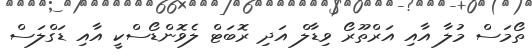
ތޯމަސް މުލާ އާއި އަރްތޫރޯ ވިޑާލް އަދި ރޮބަޓް ލެވޮންޑޯސްކީ އާއި ޑަގްލަސް